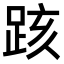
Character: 𨀖